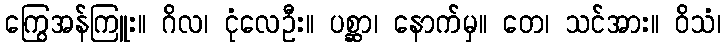
ကြွေအန်ကြူး။ ဂိလ၊ ငုံလေဦး။ ပစ္ဆာ၊ နောက်မှ။ တေ၊ သင်အား။ ဝိသံ၊